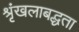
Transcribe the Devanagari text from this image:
श्रृंखलाबद्धता